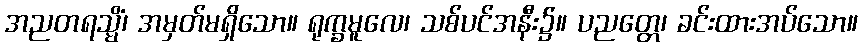
အညတရသ္မိံ၊ အမှတ်မရှိသော။ ရုက္ခမူလေ၊ သစ်ပင်အနီး၌။ ပညတ္တေ၊ ခင်းထားအပ်သော။